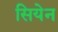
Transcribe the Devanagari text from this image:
सियेन